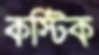
কস্টিক